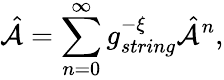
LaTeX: {\hat{\cal A}}=\sum_{n=0}^{\infty}g_{string}^{-{\cal\xi}}{\hat{\cal A}}^{n},